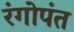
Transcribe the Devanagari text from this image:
रंगोपंत